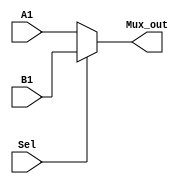
module Mux (
 input Sel,
 input [31:0] A1, B1,
 output [31:0] Mux_out
);

assign Mux_out = (Sel==1'b0) ? A1: B1;

endmodule